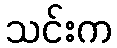
သင်းက